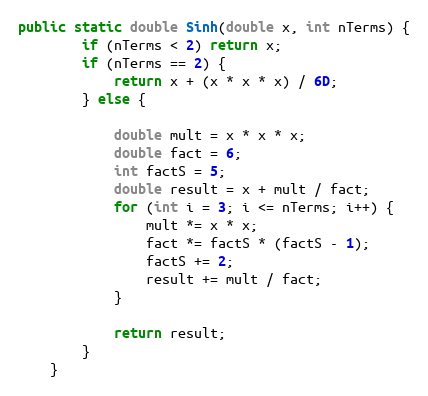
Language: Java
public static double Sinh(double x, int nTerms) {
        if (nTerms < 2) return x;
        if (nTerms == 2) {
            return x + (x * x * x) / 6D;
        } else {

            double mult = x * x * x;
            double fact = 6;
            int factS = 5;
            double result = x + mult / fact;
            for (int i = 3; i <= nTerms; i++) {
                mult *= x * x;
                fact *= factS * (factS - 1);
                factS += 2;
                result += mult / fact;
            }

            return result;
        }
    }